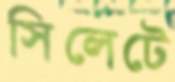
সিলেটে